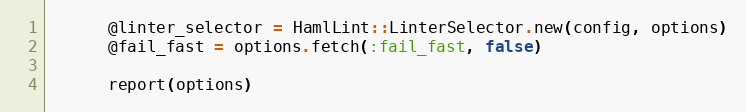
Language: Ruby
      @linter_selector = HamlLint::LinterSelector.new(config, options)
      @fail_fast = options.fetch(:fail_fast, false)

      report(options)